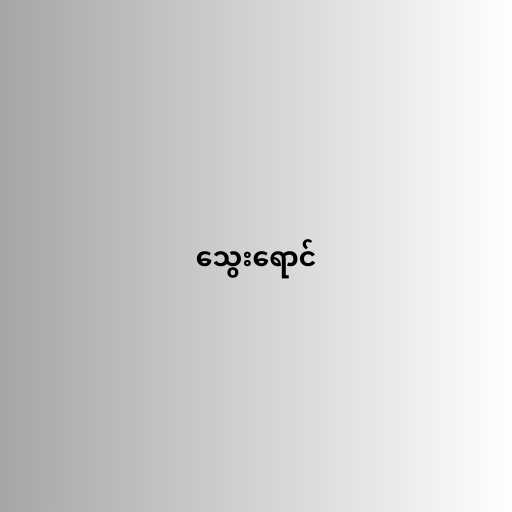
သွေးရောင်